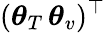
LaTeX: (\boldsymbol{\theta}_{T}\, \boldsymbol{\theta}_{v})^{\top}